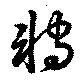
転